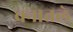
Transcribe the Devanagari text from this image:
वनातले